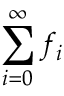
\sum _ { i = 0 } ^ { \infty } f _ { i }